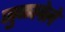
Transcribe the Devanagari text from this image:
जुळ्लेले